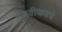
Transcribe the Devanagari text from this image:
उजवीकडचे